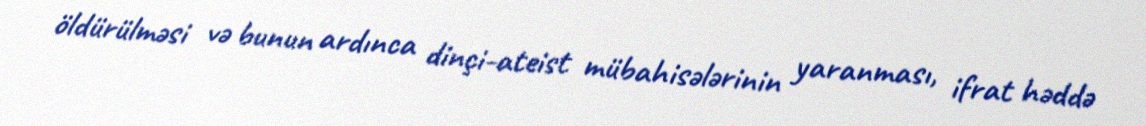
öldürülməsi və bunun ardınca dinçi-ateist mübahisələrinin yaranması, ifrat həddə